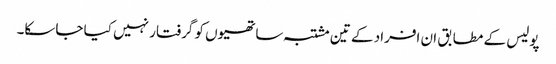
پولیس کے مطابق ان افراد کے تین مشتبہ ساتھیوں کو گرفتار نہیں کیا جاسکا۔